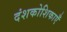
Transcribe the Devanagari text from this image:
दंशकोशिकाएँ